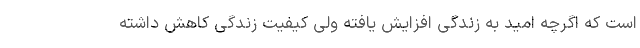
است که اگرچه امید به زندگی افزایش یافته ولی کیفیت زندگی کاهش داشته